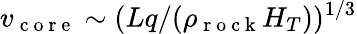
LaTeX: v_{\mathrm{~c~o~r~e~}}\sim(Lq/(\rho_{\mathrm{~r~o~c~k~}}H_{T}))^{1/3}